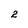
Character: 2